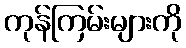
ကုန်ကြမ်းများကို